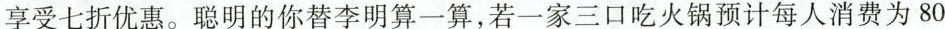
享受七折优惠。聪明的你替李明算一算，若一家三口吃火锅预计每人消费为80